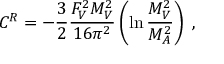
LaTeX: C ^ { R } = - \frac { 3 } { 2 } \frac { F _ { V } ^ { 2 } M _ { V } ^ { 2 } } { 1 6 \pi ^ { 2 } } \left( \ln \frac { M _ { V } ^ { 2 } } { M _ { A } ^ { 2 } } \right) \; ,